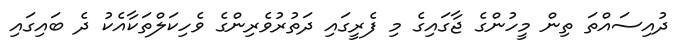
ދުއިސައްތަ ތިން މީހުންގެ ޖާގައިގެ މި ފެރީގައި ދަތުރުވެރިންގެ ވެހިކަލްތަކާއެކު ދެ ބައިގައި